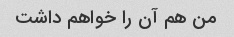
من هم آن را خواهم داشت